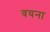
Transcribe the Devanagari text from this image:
वयना